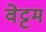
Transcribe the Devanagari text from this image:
वेट्टम